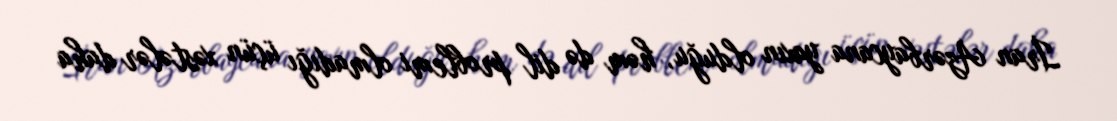
İran Azərbaycana yaxın olduğu, həm də dil problemi olmadığı üçün xəstələr daha